Indian Medical Review
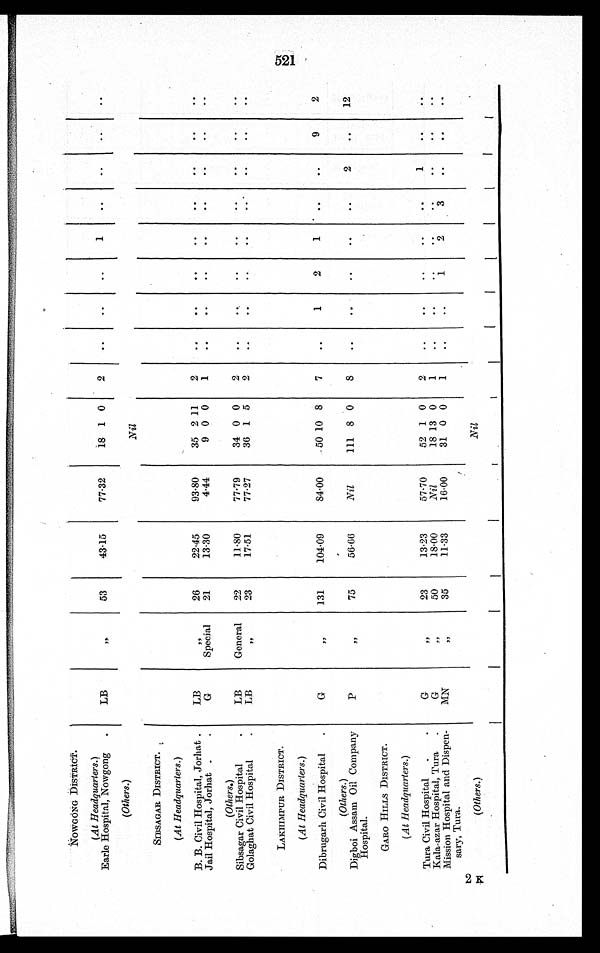
NOWGONG DISTRICT.
(At Headquarters.)
Earle Hospital, Nowgong .
LB
"
53
43.15
77.32
18 1 0
2
..
..
..
1
..
..
..
..
(Others.)
Nil
SIBSAGAR DISTRICT.
(At Headquarters.)
B. B. Civil Hospital, Jorhat .
LB
"
26
22.45
93.80
35 2 11
2
..
..
..
..
..
..
..
..
Jail Hospital, Jorhat
.
G
Special
21
13.30
4-44 9
0 0 1
.. ..
.. ..
.. ..
.. ..
(Others.)
Sibsagar Civil Hospital
LB
General
22
11.80
77.79
34 0 0
2
.. ..
..
..
..
..
..
....
Golaghat Civil Hospital
LB
"
23
17.51
77.27
36 1 5
2
..
..
..
.. ..
..
..
..
LAKHIMPUR DISTRICT.
(At Headquarters.)
Dibrugarh Civil Hospital
G
"
131
104.09
84.00
50 10 8
7
..
1
2
1 ..
..
9
2
(Others.)
Digboi Assam Oil Company
Hospital.
P
"
75
56.66
Nil
111 8 0
8
..
..
..
..
..
2
..
12
GARO HILLS DISTRICT.
(At Headquarters.)
Tura Civil Hospital
G
"
23
13.23
57.70
52 1 0
2
..
..
..
..
..
1
..
..
Kala-azar Hospital, Tura
G
"
50
18.00
Nil
18 13 0
1
..
..
..
..
..
..
..
..
Mission Hospital and Dispen-
sary, Tura.
MN
"
35
11.33
16.00
31 0 0
1
..
..
1
2
3
..
..
..
(Others.)
Nil